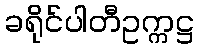
ခရိုင်ပါတီဥက္ကဋ္ဌ